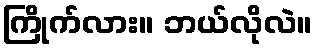
ကြိုက်လား။ ဘယ်လိုလဲ။